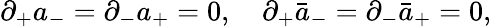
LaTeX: \partial_{+}a_{-}=\partial_{-}a_{+}=0,\quad\partial_{+}\bar{a}_{-}=\partial_{-}\bar{a}_{+}=0,